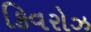
કિવરોઝ